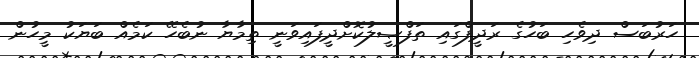
ހަރުބަސް ދިވެހި ބަހުގެ ރަދީފްގައި ތަފްޞީލުކޮށްދީފައިވަނީ ތިމާޔާ ނުބެހޭ ކަމެއް ބަޔަކު މީހުން